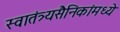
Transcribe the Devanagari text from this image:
स्वातंत्र्यसैनिकांमध्ये